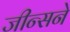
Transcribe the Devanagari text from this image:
जीन्सने